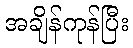
အချိန်ကုန်ပြီး